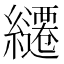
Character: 𮉓